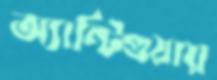
অ্যান্টিগুয়ায়